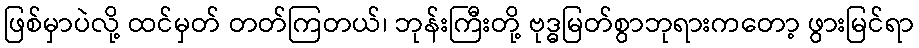
ဖြစ်မှာပဲလို့ ထင်မှတ် တတ်ကြတယ်၊ ဘုန်းကြီးတို့ ဗုဒ္ဓမြတ်စွာဘုရားကတော့ ဖွားမြင်ရာ